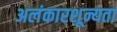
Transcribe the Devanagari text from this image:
अलंकारशून्यता